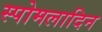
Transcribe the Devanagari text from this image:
स्पोमलादिन